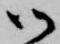
御